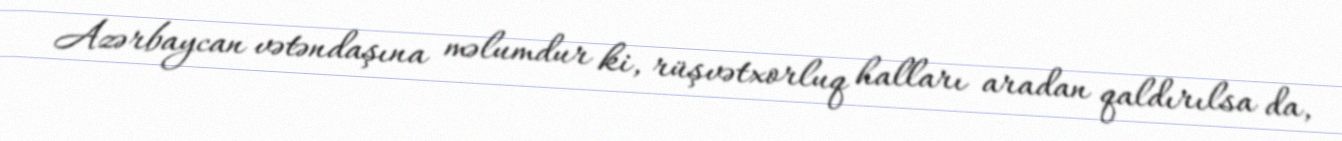
Azərbaycan vətəndaşına məlumdur ki, rüşvətxorluq halları aradan qaldırılsa da,